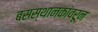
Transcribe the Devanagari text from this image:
बसस्थानकांवरून